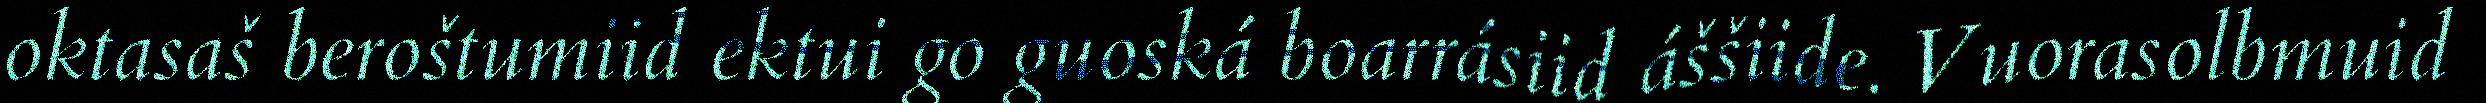
oktasaš beroštumiid ektui go guoská boarrásiid áššiide. Vuorasolbmuid